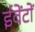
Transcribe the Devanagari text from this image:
ईवेंटों